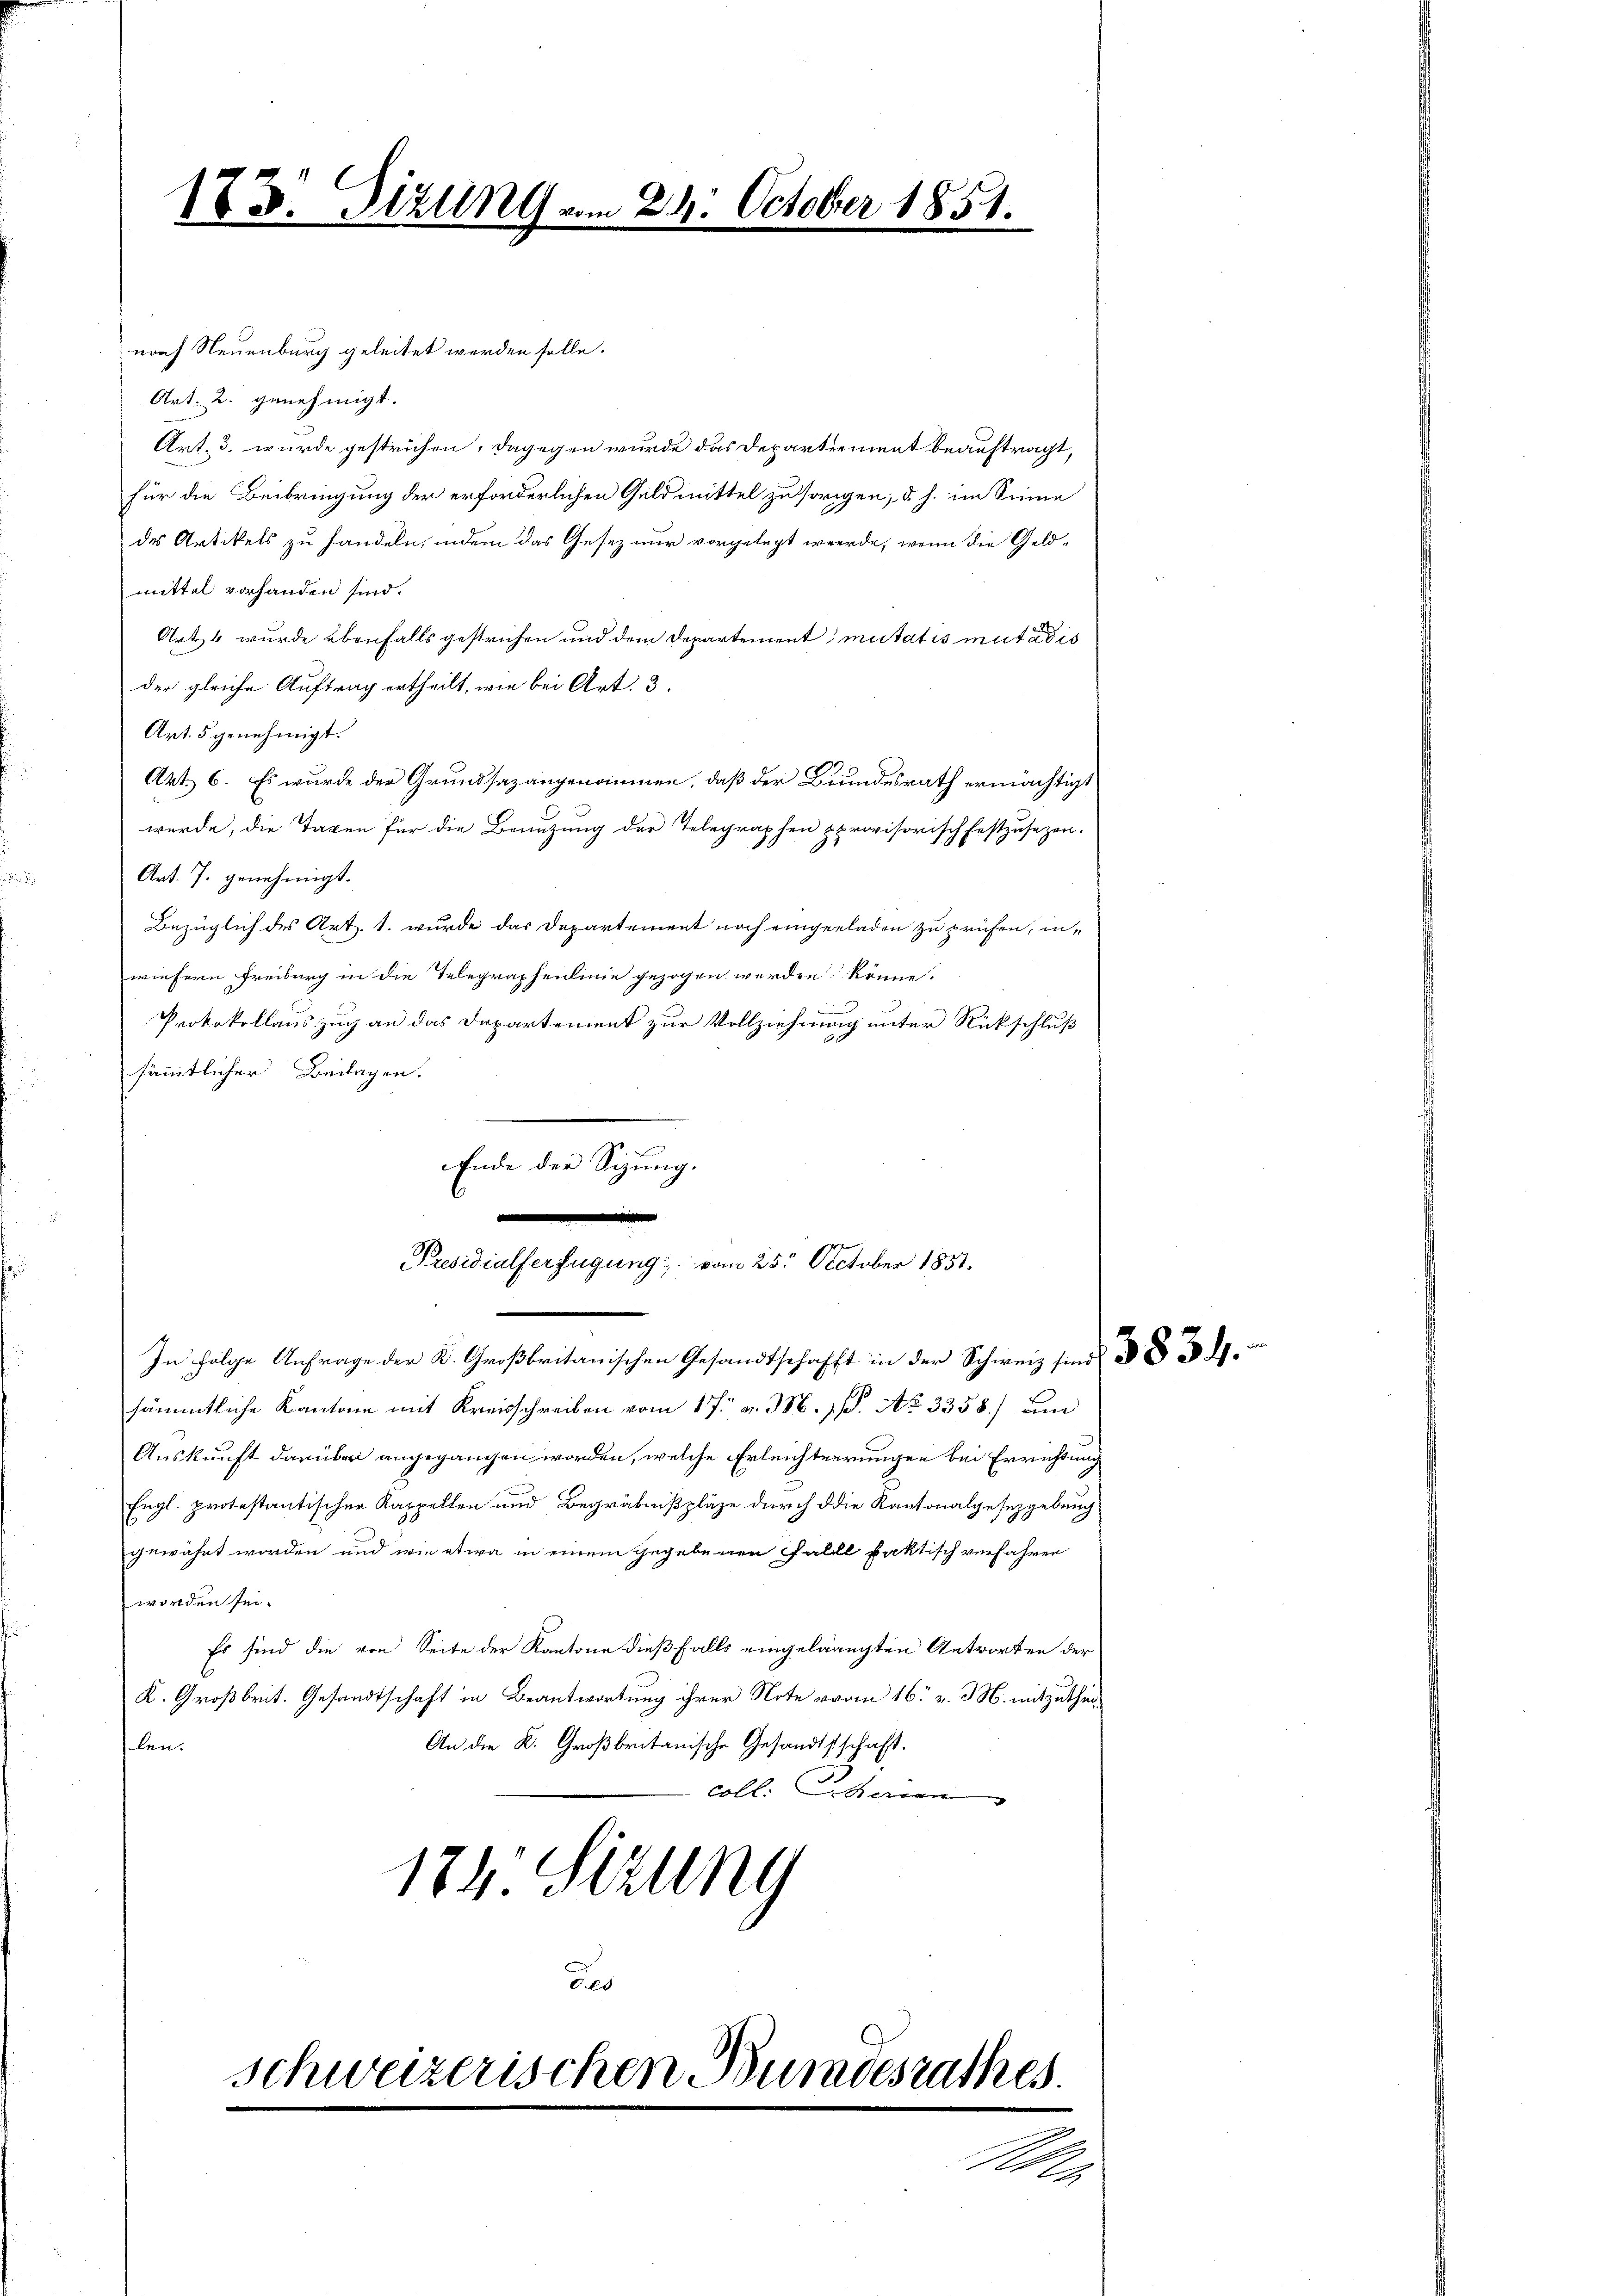
183. Sizung vom 24. October 1854.

nach Neuenburg geleitet werden solle.
Art. 2. genehmigt.
Art. 3. wurde gestrichen, dagegen wurde das Departement beauftragt,
für die Beibringung der erforderlichen Geldmittel zu sorgen, d. h. im Sinne
des Artikels zu handeln, indem das Gesetz nur vorgelegt werde, wenn die Geldmittel vorhanden sind.
Artzt wurde ebenfalls gestrichen und dem Departement mutatis mutatis
der gleiche Auftrag ertheilt, wie bei Art. 3.
Art. 5 genehmigt.
Art. 6. Es wurde der Grundsaz angenommen, daß der Bundesrath ermächtigt
werde, die Taxen für die Benutzung der Telegraphen pprovisorisch festzusetzen.
Art. 7. genehmigt.
Bezüglich des Art. 1. wurde das Departement noch eingeladen zu prüfen, inwiesern Freiburg in die Telegraphenlinie gezogen werden könne.

Protokollauszug an das Departement zur Vollziehung unter Rückschluß
sämmtlicher Beilagen.
.
sämmtliche Kantone mit Kreisschreiben vom 17. v. 386. 1. No 3358) um
Auskunft darüber angegangen worden, welche Erleichterungen bei Errichtung
Engl. protestantischer Kappellen und Begräbnißpläze durch die Kantonalgesezgebung
gewährt worden und wie etwa in einem gegebenen Falle faktisch verfahren
worden sei.
Es sind die von Seite der Kantone dießfalls eingelangten Antworten der
K. Großbrit. Gesandtschaft in Beantwortung ihrer Note vom 16. v. 3. mitzuthei¬
An die K. Großbritanische Gesandtschaft.
len.
coll. Eheren
174 Sitzung
des
schweizerischen Bundesrathes.
Mn

Ende der Sizung.

Presidialserfügung; vom 25. October 1831.